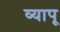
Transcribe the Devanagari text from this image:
व्यापू